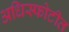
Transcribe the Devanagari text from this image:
अधिस्फोटीत